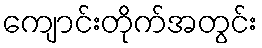
ကျောင်းတိုက်အတွင်း